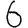
Digit: 6